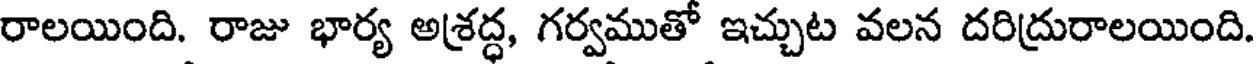
రాలయింది. రాజు భార్య అశ్రద్ధ, గర్వముతో ఇచ్చుట వలన దరిద్రురాలయింది.